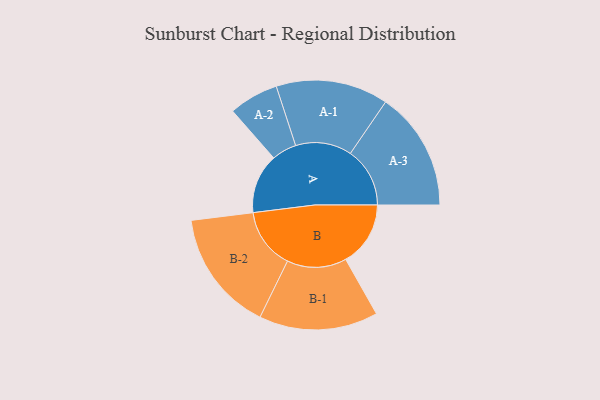
{"axis": {"x": "Segment", "y": "Value"}, "legend": ["", "A", "B"], "data": [{"x": "A", "y": 272, "type": ""}, {"x": "B", "y": 295, "type": ""}, {"x": "A-1", "y": 256, "type": "A"}, {"x": "A-2", "y": 113, "type": "A"}, {"x": "A-3", "y": 271, "type": "A"}, {"x": "B-1", "y": 271, "type": "B"}, {"x": "B-2", "y": 277, "type": "B"}]}